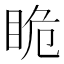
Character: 𭾯